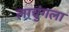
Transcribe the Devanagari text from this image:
लाचुंगला